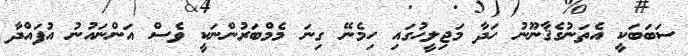
ސަބަބަކީ އެތަނުގެޤާނޫނު ހަދާ މަޖިލީހުގައި ހިމެނޭ ގިނަ މެމްބަރުންނަކީ ވެސް އަންނައުނު އުފައްދާ